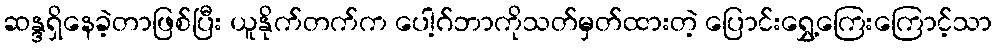
ဆန္ဒရှိနေခဲ့တာဖြစ်ပြီး ယူနိုက်တက်က ပေါ့ဂ်ဘာကိုသတ်မှတ်ထားတဲ့ ပြောင်းရွှေ့ကြေးကြောင့်သာ